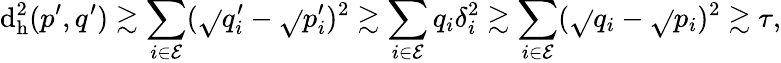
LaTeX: \mathrm{d}_{\mathrm{{h}}}^{2}(p^{\prime},q^{\prime})\gtrsim\sum_{i\in\mathcal{{E}}}(\sqrt{}{{q_{i}^{\prime}}}-\sqrt{}{{p_{i}^{\prime}}})^{2}\gtrsim\sum_{i\in\mathcal{{E}}}q_{i}\delta_{i}^{2}\gtrsim\sum_{i\in\mathcal{{E}}}(\sqrt{}{{q_{i}}}-\sqrt{}{{p_{i}}})^{2}\gtrsim\tau,